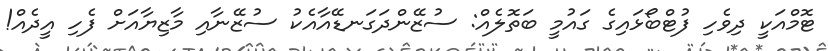
ޓޮމްއަކީ ދިވެހި ފުޓްބޯޅައިގެ ގައުމީ ބަތޮލެއް: ސުޒޭންދަގަނޑޭއާއެކު ސުޒޭނާއި މާޒިޔާއަށް ފެހި އީދެއް!